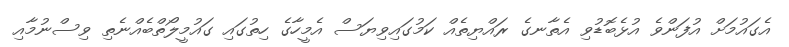
އެގައުމަށް އުފަންވެ އުޅެބޮޑުވި އެތާނގެ ރައްޔިތެއް ކަމުގައިވިޔަސް އެމީހާގެ ހިތުގައި ގައުމީލޯތްބެއްނެތި ވިސްނުމާއި